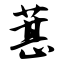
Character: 葚